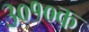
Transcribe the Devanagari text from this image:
३०१०क